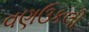
વણઉકલી